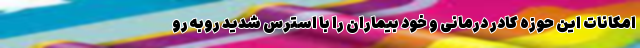
امکانات این حوزه کادر درمانی و خود بیماران را با استرس شدید روبه رو